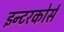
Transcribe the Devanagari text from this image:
इन्टरकोर्स